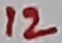
Text: 12